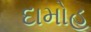
દામોહ